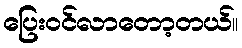
ပြေးဝင်လာတော့တယ်။